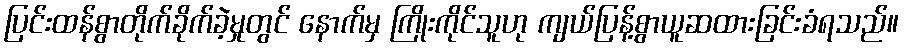
ပြင်းထန်စွာတိုက်ခိုက်ခဲ့မှုတွင် နောက်မှ ကြိုးကိုင်သူဟု ကျယ်ပြန့်စွာယူဆထားခြင်းခံရသည်။